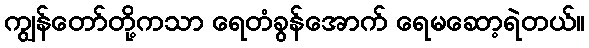
ကျွန်တော်တို့ကသာ ရေတံခွန်အောက် ရေမဆော့ရဲတယ်။